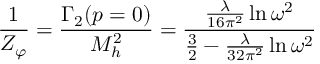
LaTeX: { \frac { 1 } { Z _ { \varphi } } } = { \frac { \Gamma _ { 2 } ( p = 0 ) } { M _ { h } ^ { 2 } } } = { \frac { { \frac { \lambda } { 1 6 \pi ^ { 2 } } } \ln \omega ^ { 2 } } { { \frac { 3 } { 2 } } - { \frac { \lambda } { 3 2 \pi ^ { 2 } } } \ln \omega ^ { 2 } } }